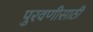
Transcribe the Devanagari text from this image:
पुरवणीसाठी